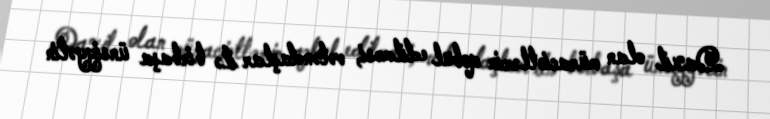
Daxil olan müraciətlərin qəbul edilməsi, vətəndaşlar ilə birbaşa ünsiyyətin